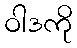
ဝါဒကို